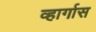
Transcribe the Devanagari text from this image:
व्हार्गास